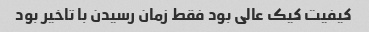
کیفیت کیک عالی بود فقط زمان رسیدن با تاخیر بود